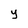
Character: y